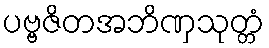
ပဗ္ဗဇိတအဘိဏှသုတ္တံ